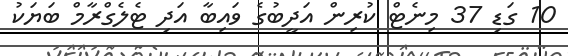
10 ގަޑި 37 މިނެޓް ކުރިން އަދީބުގެ ވައިބާ އަދި ޓެލެގްރާމް ބަޔަކު